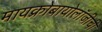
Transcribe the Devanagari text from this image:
मायक्रोबायोलॉजीची